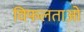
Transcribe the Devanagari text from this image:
विफलताओ